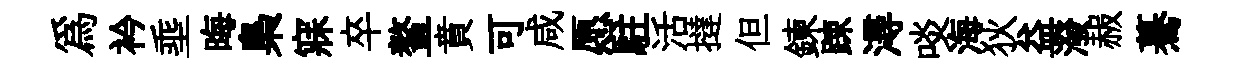
為衿埀晦梟寐卒鳌賁可咸愿駐活撻但鍊踈潯啖海狄益潑赧驀